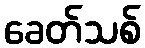
ခေတ်သစ်